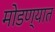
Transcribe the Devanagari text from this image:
मोडण्यात